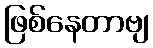
ဖြစ်နေတာဗျ